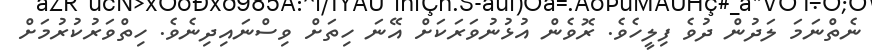
ނެތްނަމަ ލަދުން ދުވެ ފިލީހެވެ. ރޮވެން އުޅުނުވަރަކަށް އޭނަ ހިތަށް ވިސްނައިދިނެވެ. ހިތްވަރުކުރުމަށް